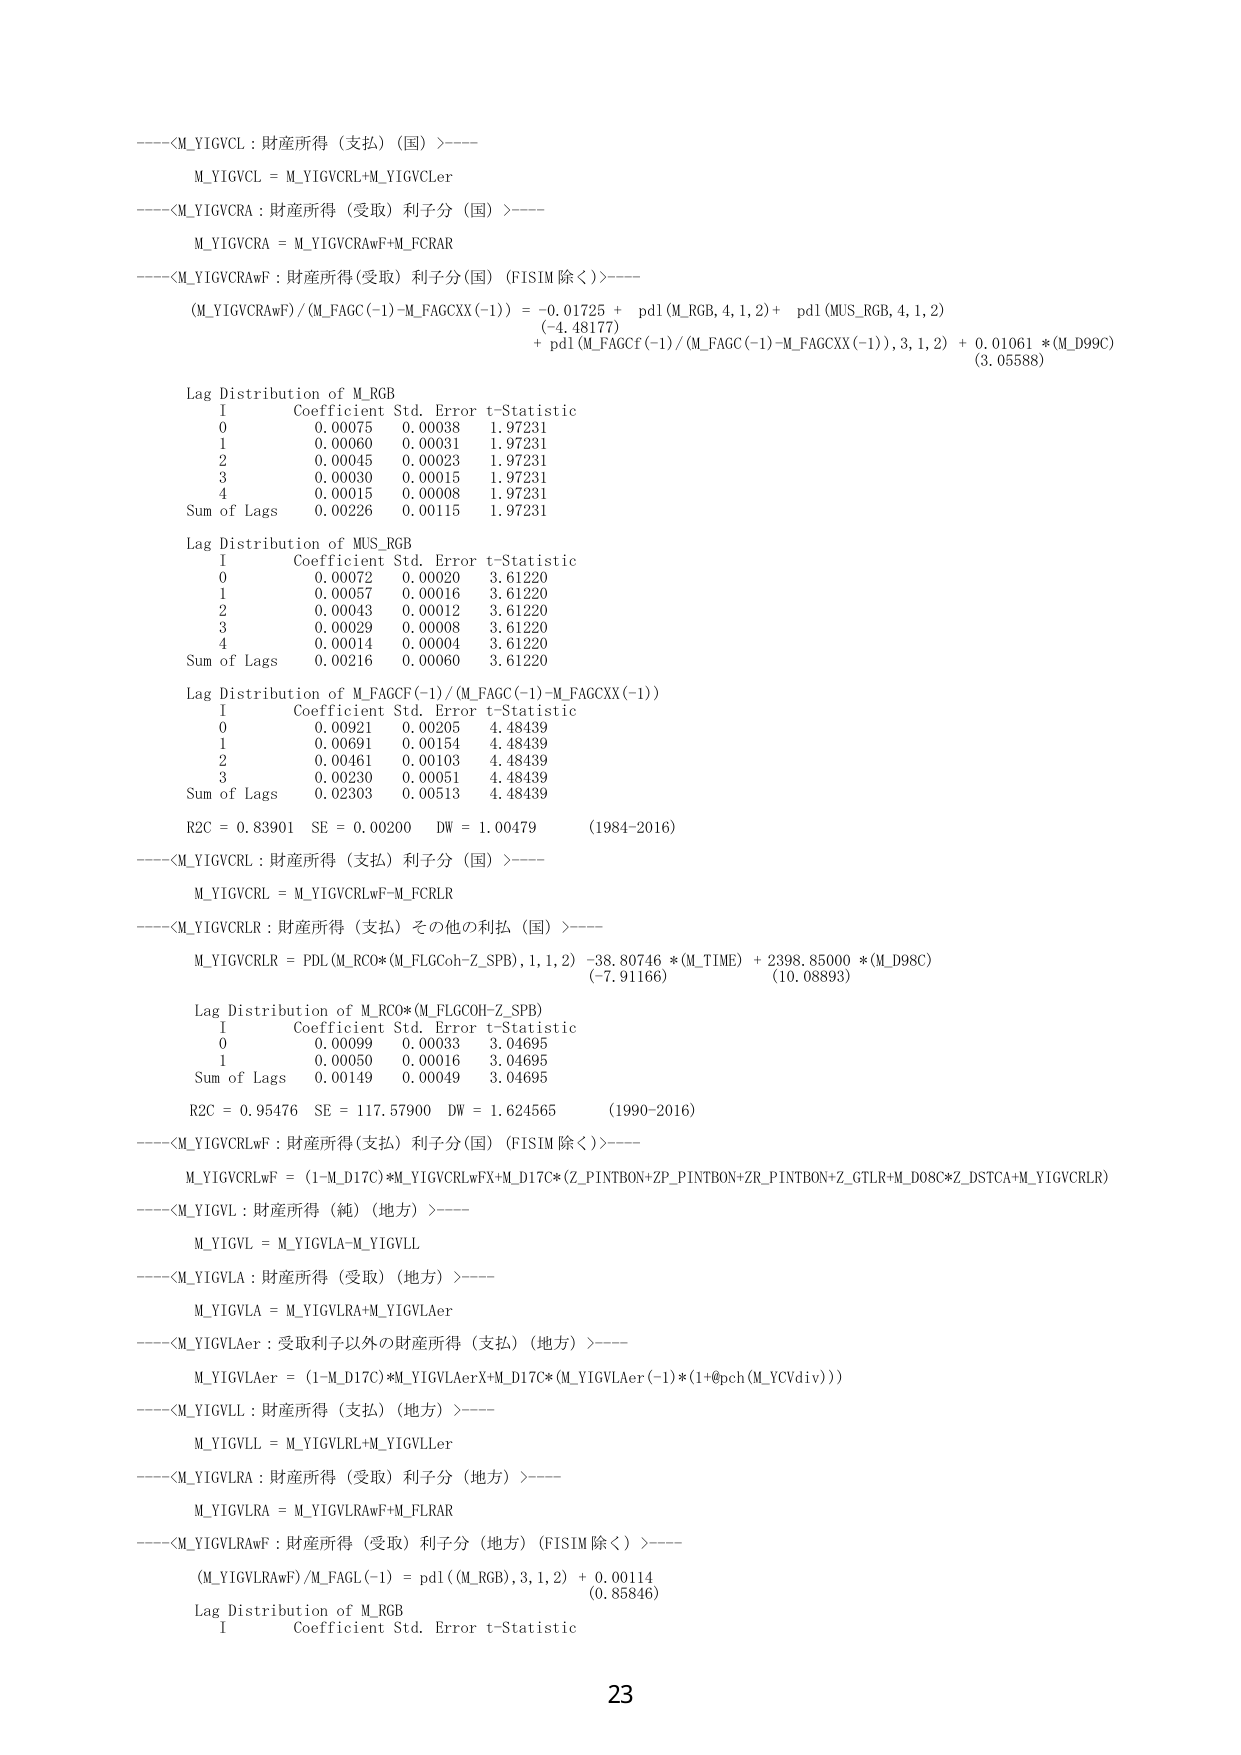
----<M_YIGVCL : 財産所得（支払）（国）>----
M_YIGVCL = M_YIGVCRL+M_YIGVCLer

----<M_YIGVCRA : 財産所得（受取）利子分（国）>----
M_YIGVCRA = M_YIGVCRAwF+M_FCRAR

----<M_YIGVCRAwF : 財産所得(受取) 利子分(国) (FISIM 除く)>----
(M_YIGVCRAwF)/(M_FAGC(-1)-M_FAGCXX(-1)) = -0.01725 + pdl(M_RGB, 4, 1, 2) + pdl(MUS_RGB, 4, 1, 2)
(-4.48177)
+ pdl(M_FAGCF(-1)/(M_FAGC(-1)-M_FAGCXX(-1)), 3, 1, 2) + 0.01061 *(M_D99C)
(3.05588)

Lag Distribution of M_RGB
I Coefficient Std. Error t-Statistic
0 0.00075 0.00038 1.97231
1 0.00060 0.00031 1.97231
2 0.00045 0.00023 1.97231
3 0.00030 0.00015 1.97231
4 0.00015 0.00008 1.97231
Sum of Lags 0.00226 0.00115 1.97231

Lag Distribution of MUS_RGB
I Coefficient Std. Error t-Statistic
0 0.00072 0.00020 3.61220
1 0.00057 0.00016 3.61220
2 0.00043 0.00012 3.61220
3 0.00029 0.00008 3.61220
4 0.00014 0.00004 3.61220
Sum of Lags 0.00216 0.00060 3.61220

Lag Distribution of M_FAGCF(-1)/(M_FAGC(-1)-M_FAGCXX(-1))
I Coefficient Std. Error t-Statistic
0 0.00921 0.00205 4.48439
1 0.00691 0.00154 4.48439
2 0.00461 0.00103 4.48439
3 0.00230 0.00051 4.48439
Sum of Lags 0.02303 0.00513 4.48439

R2C = 0.83901 SE = 0.00200 DW = 1.00479 (1984-2016)

----<M_YIGVCRL : 財産所得（支払）利子分（国）>----
M_YIGVCRL = M_YIGVCRLwF-M_FCRlR

----<M_YIGVCRLR : 財産所得（支払）その他の利払（国）>----
M_YIGVCRLR = PDL(M_RCO*(M_FLGCOH-Z_SPB), 1, 1, 2) -38.80746 *(M_TIME) + 2398.85000 *(M_D98C)
(-7.91166) (10.08893)

Lag Distribution of M_RCO*(M_FLGCOH-Z_SPB)
I Coefficient Std. Error t-Statistic
0 0.00099 0.00033 3.04695
1 0.00050 0.00016 3.04695
Sum of Lags 0.00149 0.00049 3.04695

R2C = 0.95476 SE = 117.57900 DW = 1.624565 (1990-2016)

----<M_YIGVCRLwF : 財産所得(支払) 利子分(国) (FISIM 除く)>----
M_YIGVCRLwF = (1-M_D17C)*M_YIGVCRLwFX+M_D17C*(Z_PINTBON+ZP_PINTBON+ZR_PINTBON+Z_GTLR+M_D08C*Z_DSTCA+M_YIGVCRLR)

----<M_YIGVL : 財産所得（純）（地方）>----
M_YIGVL = M_YIGVLA-M_YIGVLL

----<M_YIGVLA : 財産所得（受取）（地方）>----
M_YIGVLA = M_YIGVLRA+M_YIGVLAer

----<M_YIGVLAer : 受取利子以外の財産所得（支払）（地方）>----
M_YIGVLAer = (1-M_D17C)*M_YIGVLAerX+M_D17C*(M_YIGVLAer(-1)*(1+@pch(M_YCVdiv)))

----<M_YIGVLL : 財産所得（支払）（地方）>----
M_YIGVLL = M_YIGVLRL+M_YIGVLLer

----<M_YIGVLRA : 財産所得（受取）利子分（地方）>----
M_YIGVLRA = M_YIGVLRAwF+M_FLRAR

----<M_YIGVLRAwF : 財産所得（受取）利子分（地方）(FISIM 除く)>----
(M_YIGVLRAwF)/M_FAGL(-1) = pdl((M_RGB), 3, 1, 2) + 0.00114
(0.85846)

Lag Distribution of M_RGB
I Coefficient Std. Error t-Statistic

23